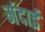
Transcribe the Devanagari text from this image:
मंदाई